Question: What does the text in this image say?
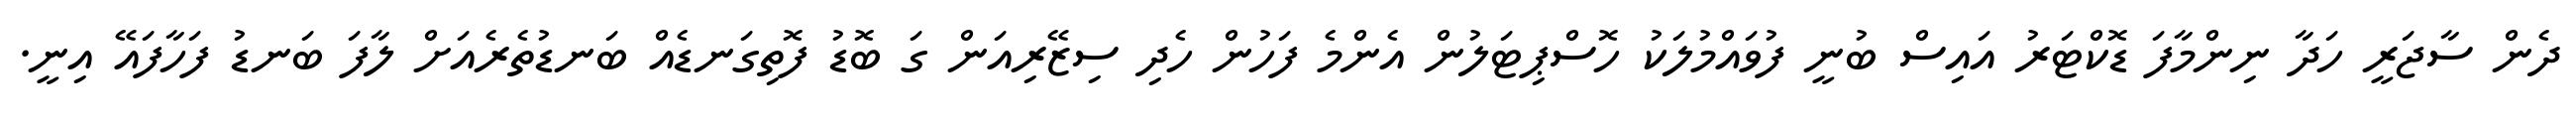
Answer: ދެން ސާޖަރީ ހަދާ ނިންމާފަ ޑޮކްޓަރު އައިސް ބުނީ ފުވައްމުލަކު ހޮސްޕިޓަލުން އެންމެ ފަހުން ހެދި ސިޒޭރިއަން ގަ ބޮޑު ފޮތިގަނޑެއް ބަނޑުތެރެއަށް ލާފަ ބަނޑު ފަހާފައޭ އިނީ.